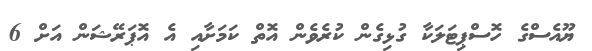
ޔޫއެސްގެ ހޮސްޕިޓަލަކާ ގުޅިގެން ކުރެވެން އޮތް ކަމަށާއި އެ އޮޕަރޭޝަން އަށް 6